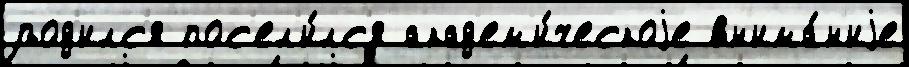
род'илс'я пос'ел'и́лс'я акад'ем'и́ческоjе вн'има́н'иjе